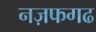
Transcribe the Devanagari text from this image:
नज़फगढ